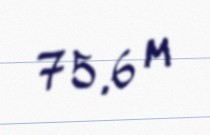
75,6 m